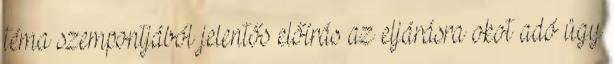
téma szempontjából jelentős előírás az eljárásra okot adó ügy